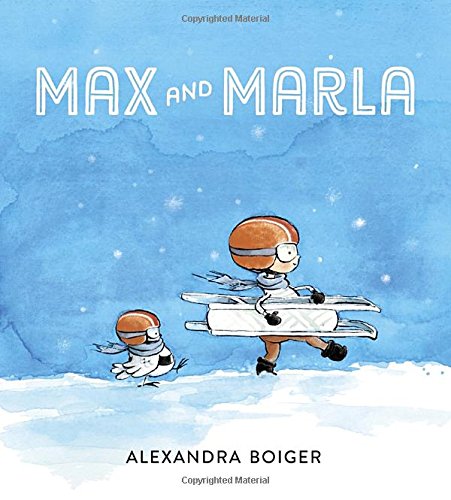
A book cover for Max and Marla; Alexandra Boiger; Children's Books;